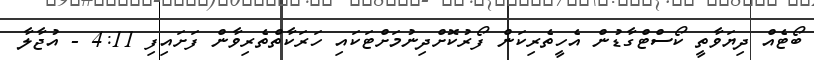
ބޯޓެއް ދިޔަވާތީ ކޯސްޓްގާޑުން އެހީތެރިކަން ފޯރުކޮށްދިނުމަށްޓަކައި ހަރަކާތްތެރިވާން ފަށައިފި 4:11 - އުޖާލާ